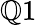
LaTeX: \mathbb{Q}1